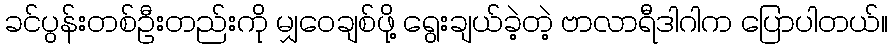
ခင်ပွန်းတစ်ဦးတည်းကို မျှဝေချစ်ဖို့ ရွေးချယ်ခဲ့တဲ့ ဗာလာရီဒါဂါက ပြောပါတယ်။